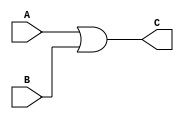
module OR_G(A,B,C);
input A,B;
output C;
assign C=A|B;


endmodule